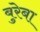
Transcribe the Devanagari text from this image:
बुरेबा